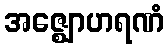
အဇ္ဈောဟရဏံ